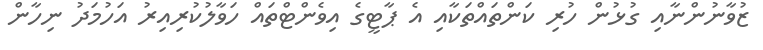
ޒުވާނުންނާއި ގުޅުން ހުރި ކަންތައްތަކާއި އެ ޕާޓީގެ އިވެންޓްތައް ހަވާލުކުރިއިރު އަހުމަދު ނިހާން